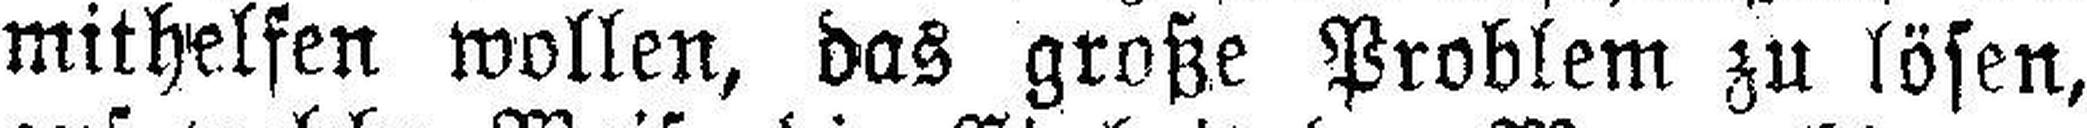
mithelfen wollen, das große Problem zu lösen,